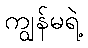
ကျွန်မရဲ့